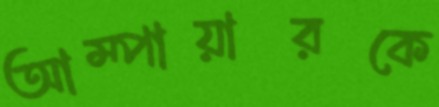
আম্পায়ারকে